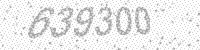
Solution: 639300